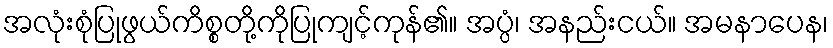
အလုံးစုံပြုဖွယ်ကိစ္စတို့ကိုပြုကျင့်ကုန်၏။ အပ္ပံ၊ အနည်းငယ်။ အမနာပေန၊